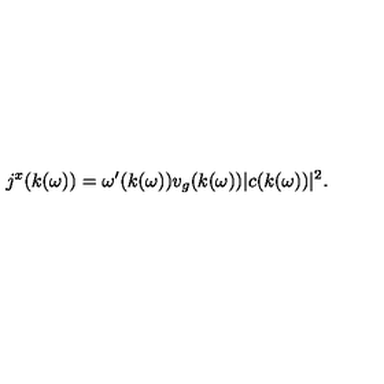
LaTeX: j ^ { x } ( k ( \omega ) ) = \omega ^ { \prime } ( k ( \omega ) ) v _ { g } ( k ( \omega ) ) | c ( k ( \omega ) ) | ^ { 2 } .